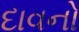
દાવનો